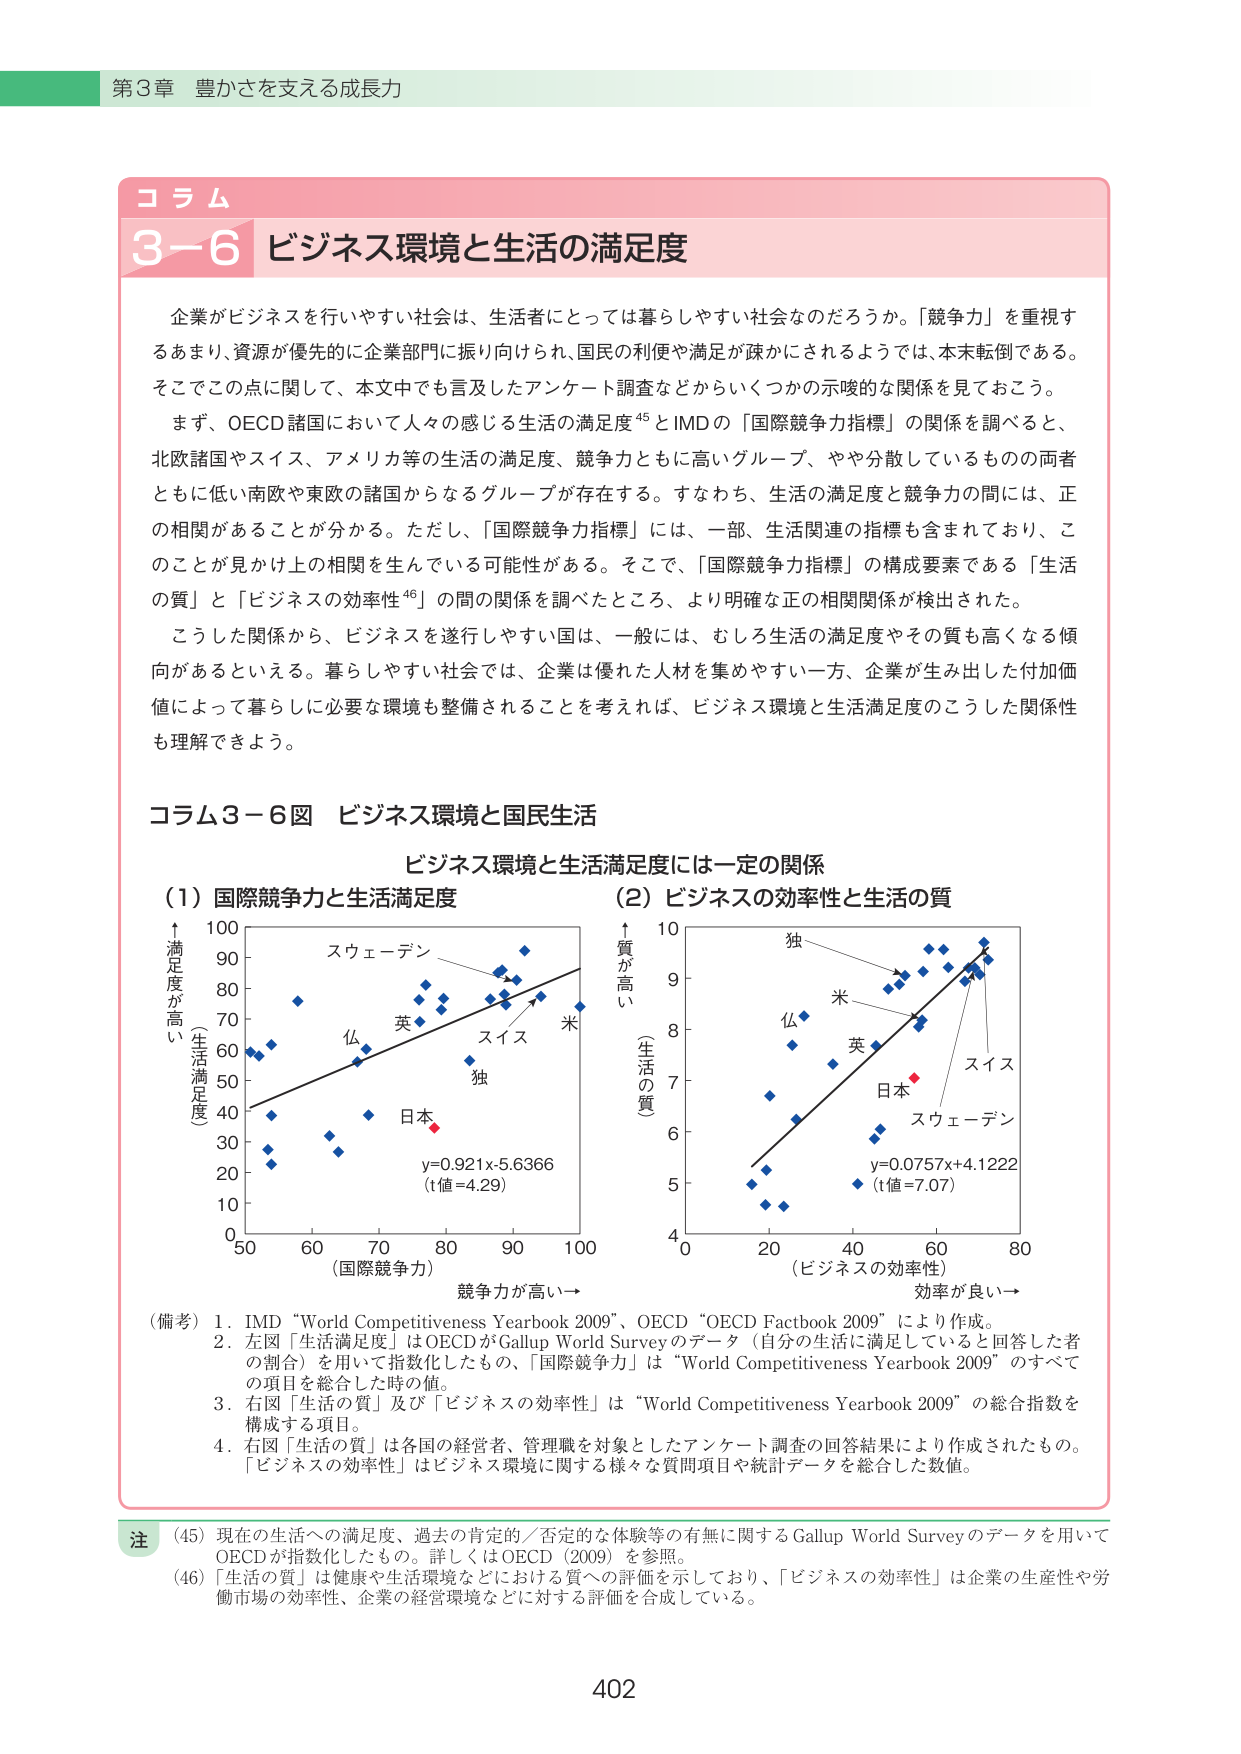
第3章 豊かさを支える成長力

コラム
3-6 ビジネス環境と生活の満足度

企業がビジネスを行いうやすい社会は、生活者にとっては暮らしやすい社会なのだろうか。「競争力」を重視するあまり、資源が優先的に企業部門に振り向けられ、国民の利便や満足が疎かにされるようでは、本末転倒である。そこでこの点に関して、本文中でも言及したアンケート調査などからいくつかの示唆的な関係を見ておこう。

まず、OECD諸国において人々の感じる生活の満足度⁴⁵とIMDの「国際競争力指標」の関係を調べると、北欧諸国やスイス、アメリカ等の生活の満足度、競争力ともに高いグループ、やや分散しているものの両者ともに低い南欧や東欧の諸国からなるグループが存在する。すなわち、生活の満足度と競争力の間には、正の相関があることが分かる。ただし、「国際競争力指標」には、一部、生活関連の指標も含まれており、このことが見かけ上の相関を生んでいる可能性がある。そこで、「国際競争力指標」の構成要素である「生活の質」と「ビジネスの効率性⁴⁶」の間の関係を調べたところ、より明確な正の相関関係が検出された。

こうした関係から、ビジネスを遂行しやすい国は、一般には、むしろ生活の満足度やその質も高くなる傾向があるといえる。暮らしやすい社会では、企業は優れた人材を集めるやすい一方、企業が生み出した付加価値によって暮らしに必要な環境も整備されることを考えれば、ビジネス環境と生活満足度のこうした関係性も理解できよう。

コラム3-6図 ビジネス環境と国民生活

ビジネス環境と生活満足度には一定の関係

(1) 国際競争力と生活満足度
(2) ビジネスの効率性と生活の質

↑満足度が高い
(生活満足度)
100
90 スウェーデン
80
70
60 仏 英
50
40 独
30 日本
20
10
0 50 60 70 80 90 100
(国際競争力) 競争力が高い→

y=0.921x-5.6366
(t値=4.29)

↑質が高い
(生活の質)
10
9 独
8 米
7 仏 英
6 日本
5 スウェーデン
4
0 20 40 60 80
(ビジネスの効率性) 効率が良い→

y=0.0757x+4.1222
(t値=7.07)

(備考) 1. IMD “World Competitiveness Yearbook 2009”、OECD “OECD Factbook 2009” により作成。
2. 左図「生活満足度」はOECDがGallup World Surveyのデータ（自分の生活に満足していると回答した者の割合）を用いて指数化したもの、「国際競争力」は“World Competitiveness Yearbook 2009”のすべての項目を総合した時の値。
3. 右図「生活の質」及び「ビジネスの効率性」は“World Competitiveness Yearbook 2009”の総合指数を構成する項目。
4. 右図「生活の質」は各国の経営者、管理職を対象としたアンケート調査の回答結果により作成されたもの。「ビジネスの効率性」はビジネス環境に関する様々な質問項目や統計データを総合した数値。

注
(45) 現在の生活への満足度、過去の肯定的／否定的な体験等の有無に関するGallup World Surveyのデータを用いてOECDが指数化したもの。詳しくはOECD（2009）を参照。
(46) 「生活の質」は健康や生活環境などにおける質への評価を示しており、「ビジネスの効率性」は企業の生産性や労働市場の効率性、企業の経営環境などに対する評価を合成している。

402